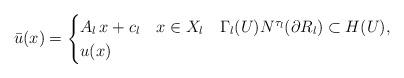
LaTeX: \begin{align*}\bar{u}(x) = \begin{cases} A_l\,x +c_l & x \in X_l \ \ \ \Gamma_l(U) N^{\tau_l}(\partial R_l) \subset H(U), \\u(x) & \end{cases}\end{align*}